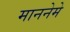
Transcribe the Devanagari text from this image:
माननेमे